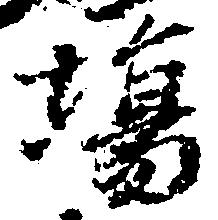
場